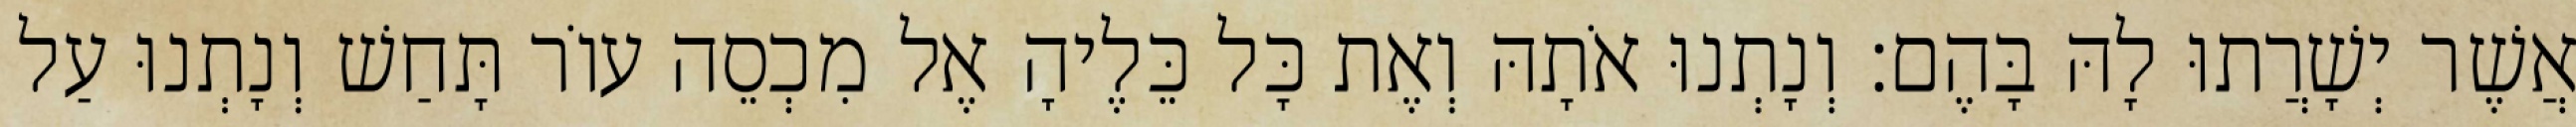
אֲשֶׁר יְשָׁרֲתוּ לָהּ בָּהֶם׃ וְנָתְנוּ אֹתָהּ וְאֶת כָּל כֵּלֶיהָ אֶל מִכְסֵה עוֹר תָּחַשׁ וְנָתְנוּ עַל